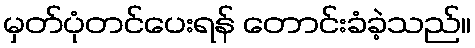
မှတ်ပုံတင်ပေးရန် တောင်းခံခဲ့သည်။